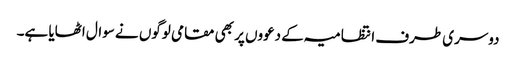
دوسری طرف انتظامیہ کے دعووں پر بھی مقامی لوگوں نے سوال اٹھایا ہے۔